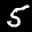
Label: 5